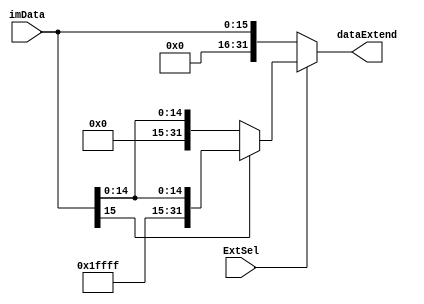
`timescale 1ns / 1ps
//////////////////////////////////////////////////////////////////////////////////
// Company: 
// Engineer: 
// 
// Design Name: 
// Module Name: DataExtend
// Project Name: 
// Target Devices: 
// Tool Versions: 
// Description: 
// 
// Dependencies: 
// 
// Revision:
// Revision 0.01 - File Created
// Additional Comments:
// 
//////////////////////////////////////////////////////////////////////////////////


module DataExtend(
	input [15:0]imData,
	input ExtSel,
	output reg[31:0]dataExtend
	);
	
	always @(ExtSel or imData) begin
        if(ExtSel == 0)
            dataExtend <= {16'h0000,imData};
		else begin
		    if(imData[15] == 0)
                dataExtend <= {16'h0000,imData};
            else begin
                dataExtend <= {16'hffff,imData};
                $display("%h",dataExtend);
            end
        end
	end

endmodule